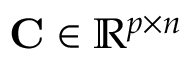
\mathbf { C } \in \mathbb { R } ^ { p \times n }